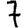
Digit: 7